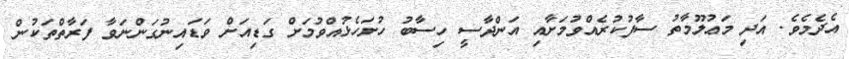
އެދެމެވެ. އަދި މަޢުލޫމާތު ސާފުކުރެއްވުމަށާއި އަންދާސީ ހިސާބު ހުށަހެޅުއްވުމަށް ގަޑިއަށް ވަޑައިނުގަންނަވާ ފަރާތްތަކުން